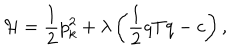
LaTeX: { \cal { H } } = \frac 1 2 p _ { k } ^ { 2 } + \lambda \left( \frac 1 2 q T q - c \right) ,